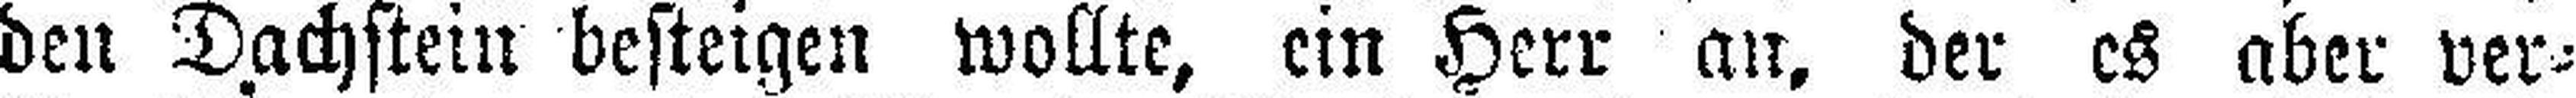
den Dachstein besteigen wollte, ein Herr an, der es aber ver¬